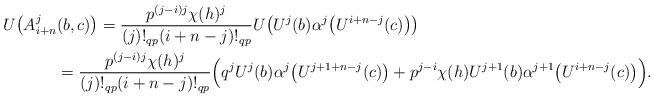
LaTeX: \begin{align*}U\bigl(A_{i+n}^j&(b,c)\bigr) = \frac{p^{(j-i)j}\chi(h)^j}{(j)!_{qp}(i+n-j)!_{qp}} U\bigl(U^j(b)\alpha^j\bigl(U^{i+n-j}(c)\bigr)\bigr)\\& = \frac{p^{(j-i)j}\chi(h)^j}{(j)!_{qp}(i+n-j)!_{qp}} \Bigl(q^j U^j(b)\alpha^j\bigl(U^{j+1+n-j}(c)\bigr) +p^{j-i} \chi(h) U^{j+1}(b)\alpha^{j+1}\bigl(U^{i+n-j}(c)\bigr)\Bigr).\end{align*}